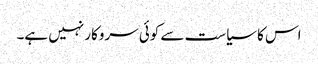
اس کا سیاست سے کوئی سروکار نہیں ہے۔